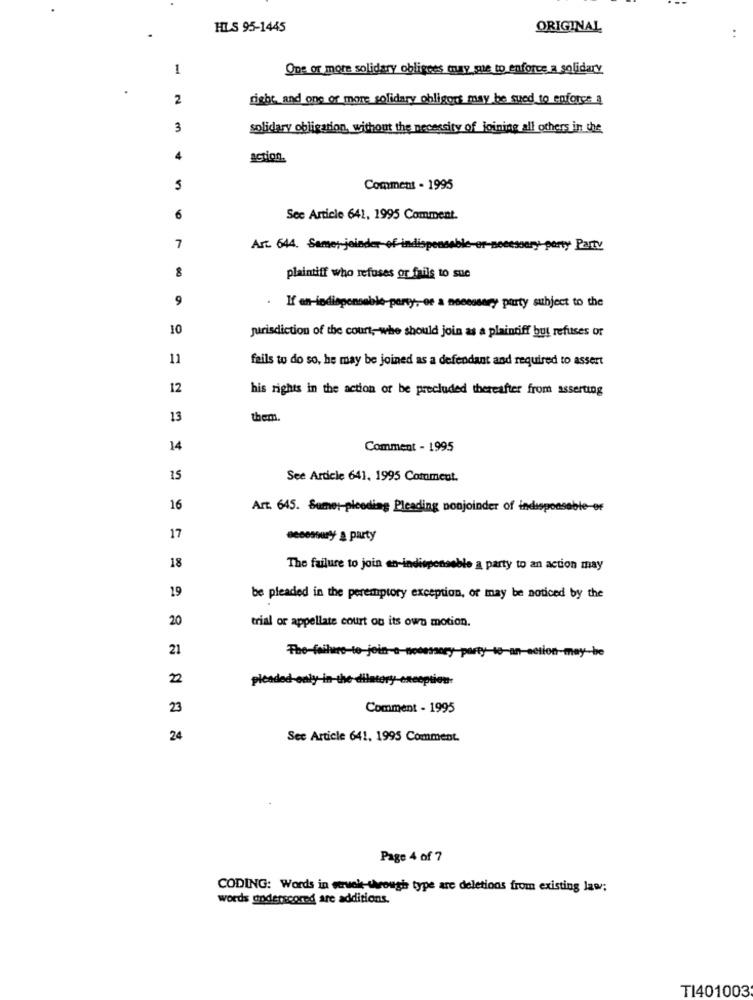
HLS 95-1445
ORIGINAL
.+
1
One or more solidary obligres muay me to enforce a solidary
2
rishe and one or more solidary obligors may be sued to enforce
3
solidary obligation, without the necessity of joining all others in the
4
action.
5
Comment - 1995
6
See Article 641, 1995 Comment.
7
Art. 644. Semer jeinder of indispor
party Party
plaintiff who refuses or fails to suc
9
If an-indispensable-party ,- ee a necessary party subject to the
10
jurisdiction of the court; whe should join as a plaintiff but refuses or
11
fails to do so, he may be joined as a defendant and required to assert
12
his rights in the action or be precluded thereafter from asserting
13
the.
14
Comment - 1995
15
See Article 641, 1995 Comment.
16
Art. 645. Sume :- pleading Pleading nonjoinder of indisponsable-or
17
œy a party
18
The failure to join en-indispensable a party to an action may
19
be pleaded in the peremptory exception, or may be noticed by the
20
trial or appellate court on its own motion.
21
The failure to join-a-
the
2
pleaded-only-in-the-dilatory eneoption-
23
Comment - 1995
24
See Article 641, 1995 Comment.
Page 4 of 7
CODING: Words in stick through type are deletions from existing law;
words underscored are additions.
TI401003